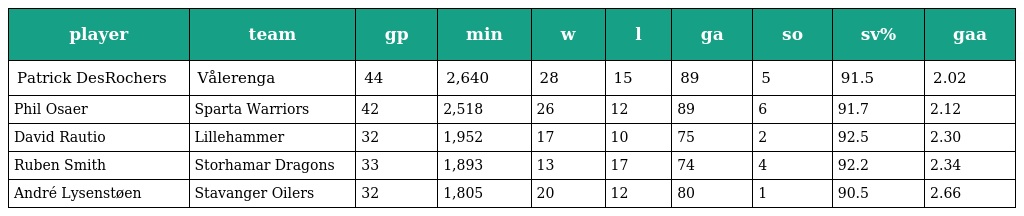
| player | team | gp | min | w | l | ga | so | sv% | gaa |
 | --- | --- | --- | --- | --- | --- | --- | --- | --- | --- |
 | Patrick DesRochers | Vålerenga | 44 | 2,640 | 28 | 15 | 89 | 5 | 91.5 | 2.02 |
 | Phil Osaer | Sparta Warriors | 42 | 2,518 | 26 | 12 | 89 | 6 | 91.7 | 2.12 |
 | David Rautio | Lillehammer | 32 | 1,952 | 17 | 10 | 75 | 2 | 92.5 | 2.30 |
 | Ruben Smith | Storhamar Dragons | 33 | 1,893 | 13 | 17 | 74 | 4 | 92.2 | 2.34 |
 | André Lysenstøen | Stavanger Oilers | 32 | 1,805 | 20 | 12 | 80 | 1 | 90.5 | 2.66 |